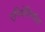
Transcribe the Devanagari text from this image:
एपिथेलियॉइड